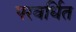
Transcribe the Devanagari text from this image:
परवर्धित